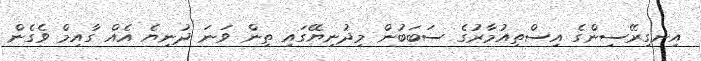
އިނގިރޭސިންގެ އިސްތިއުމާރުގެ ސަބަބުން މިދުނިޔޭގައި ތިން ވަނަ ދުނިޔެ އެއް ގާއިމް ވެގެން